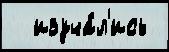
  изуча́л'ись